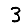
Digit: 3